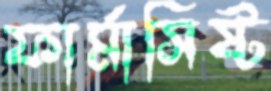
ফার্মাসিষ্ট